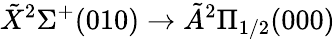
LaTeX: \tilde{X}{}^{2}\Sigma^{+}(010)\rightarrow\tilde{A}{}^{2}\Pi_{1/2}(000)